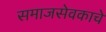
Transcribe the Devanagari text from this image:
समाजसेवकाचे